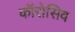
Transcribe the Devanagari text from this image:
कॉरोसिव